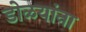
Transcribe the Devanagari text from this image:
डोळयांना